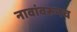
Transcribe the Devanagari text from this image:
नावांवरूनच